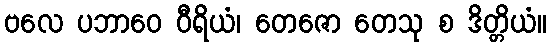
ဗလေ ပဘာဝေ ဝီရိယံ၊ တေဇော တေသု စ ဒိတ္တိယံ။